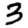
Digit: 3